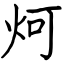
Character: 炣